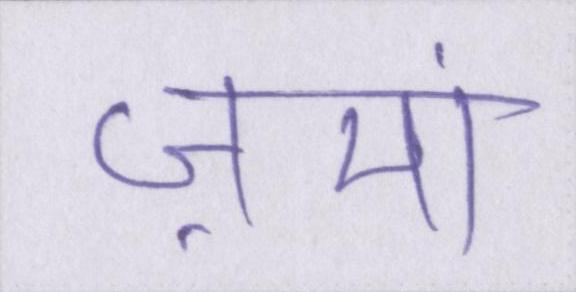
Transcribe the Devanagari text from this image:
ज़मां